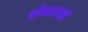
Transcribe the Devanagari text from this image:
शोभारानी